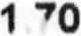
1.70